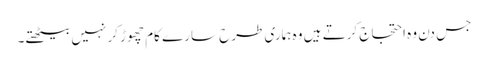
جس دن وہ احتجاج کرتے ہیں وہ ہماری طرح سارے کام چھوڑ کر نہیں بیٹھتے۔